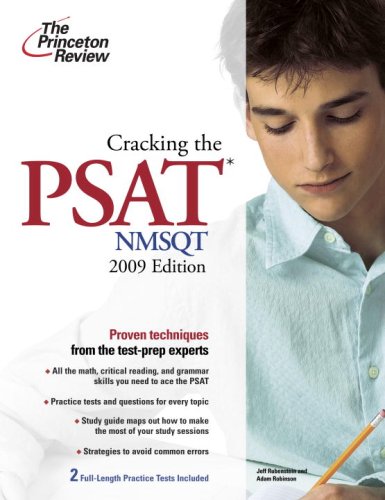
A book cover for Cracking the PSAT/NMSQT, 2009 Edition (College Test Preparation); Princeton Review; Test Preparation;